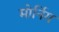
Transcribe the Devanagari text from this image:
मोर्निग